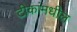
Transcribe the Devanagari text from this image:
टीकांमधील